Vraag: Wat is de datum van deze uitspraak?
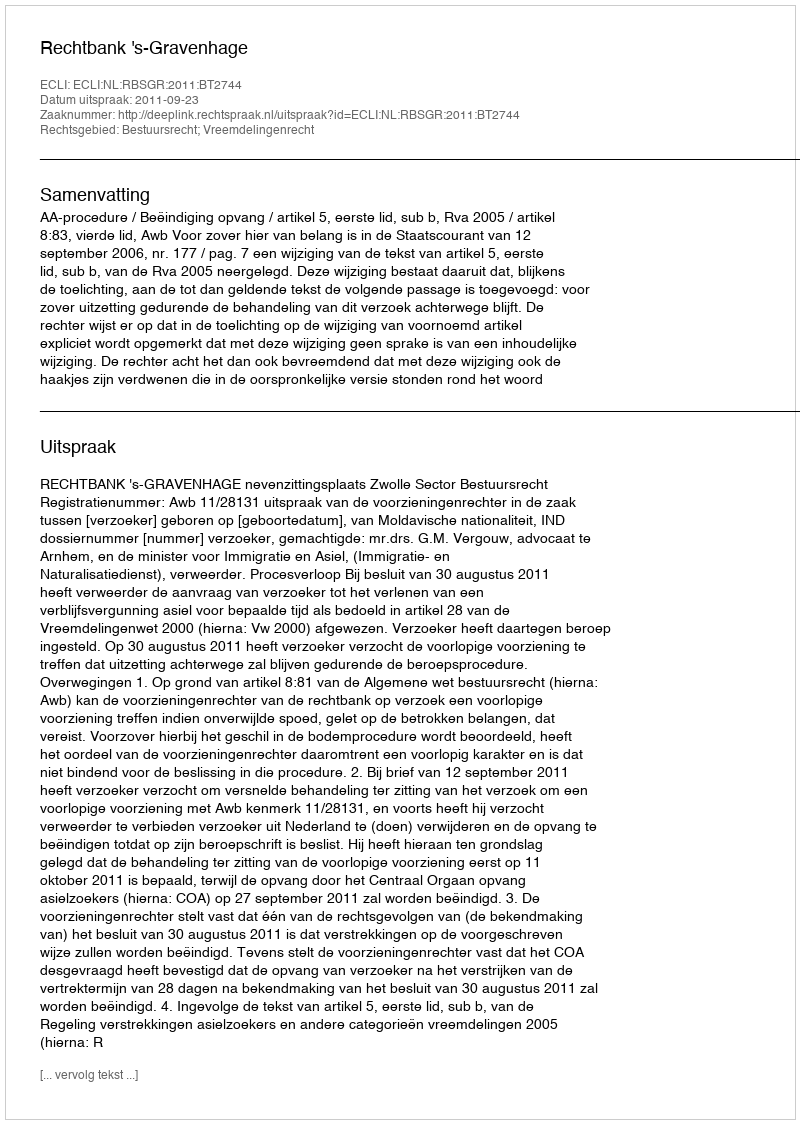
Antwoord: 2011-09-23